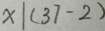
x \vert ( 3 7 - 2 )